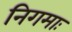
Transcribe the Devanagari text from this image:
निगमाः